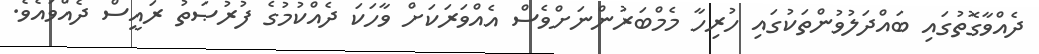
ދެއްވާގޮތުގައި ބައްދަލުވުންތަކުގައި ހުރިހާ މެމްބަރުންނަށްވެސް އެއްވަރަކަށް ވާހަކަ ދެއްކުމުގެ ފުރުޞަތު ރައީސް ދެއްވައެވެ.